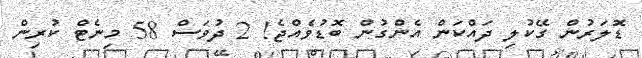
ޑޮލަރުން ގޭކުލި ދައްކަން އެންގުން ބޮޑުވެއްޖެ! 2 ދުވަސް 58 މިނެޓް ކުރިން